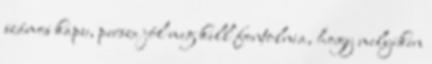
számos kapu, persze jól meg kell fontolnia, hogy melyiken